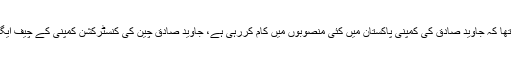
ان کا کہنا تھا کہ جاوید صادق کی کمپنی پاکستان میں کئی منصوبوں میں کام کررہی ہے، جاوید صادق چین کی کنسٹرکشن کمپنی کے چیف ایگزیکٹو ہیں۔